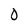
Character: 0